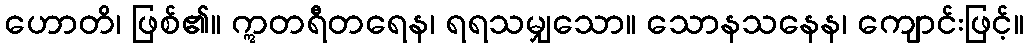
ဟောတိ၊ ဖြစ်၏။ ဣတရီတရေန၊ ရရသမျှသော။ သောနသနေန၊ ကျောင်းဖြင့်။